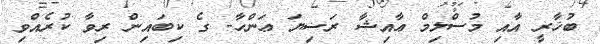
ބުޚާރީ އާއި މުސްލިމް ޢާއިޝާ ރަޟިޔަ ޢަންހާ- ގެ ކިބައިން ރިވާ ކުރެއްވި